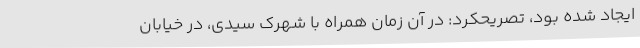
ایجاد شده بود، تصریحکرد: در آن زمان همراه با شهرک سیدی، در خیابان